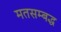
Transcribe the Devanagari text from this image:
मतसम्बद्ध